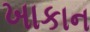
ખાકાન